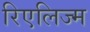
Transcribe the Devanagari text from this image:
रिएलिज्म